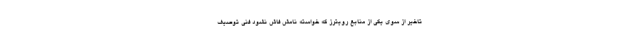
تاخیر از سوی یکی از منابع رویترز که خواسته نامش فاش نشود فنی توصیف